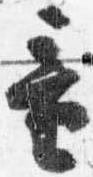
童